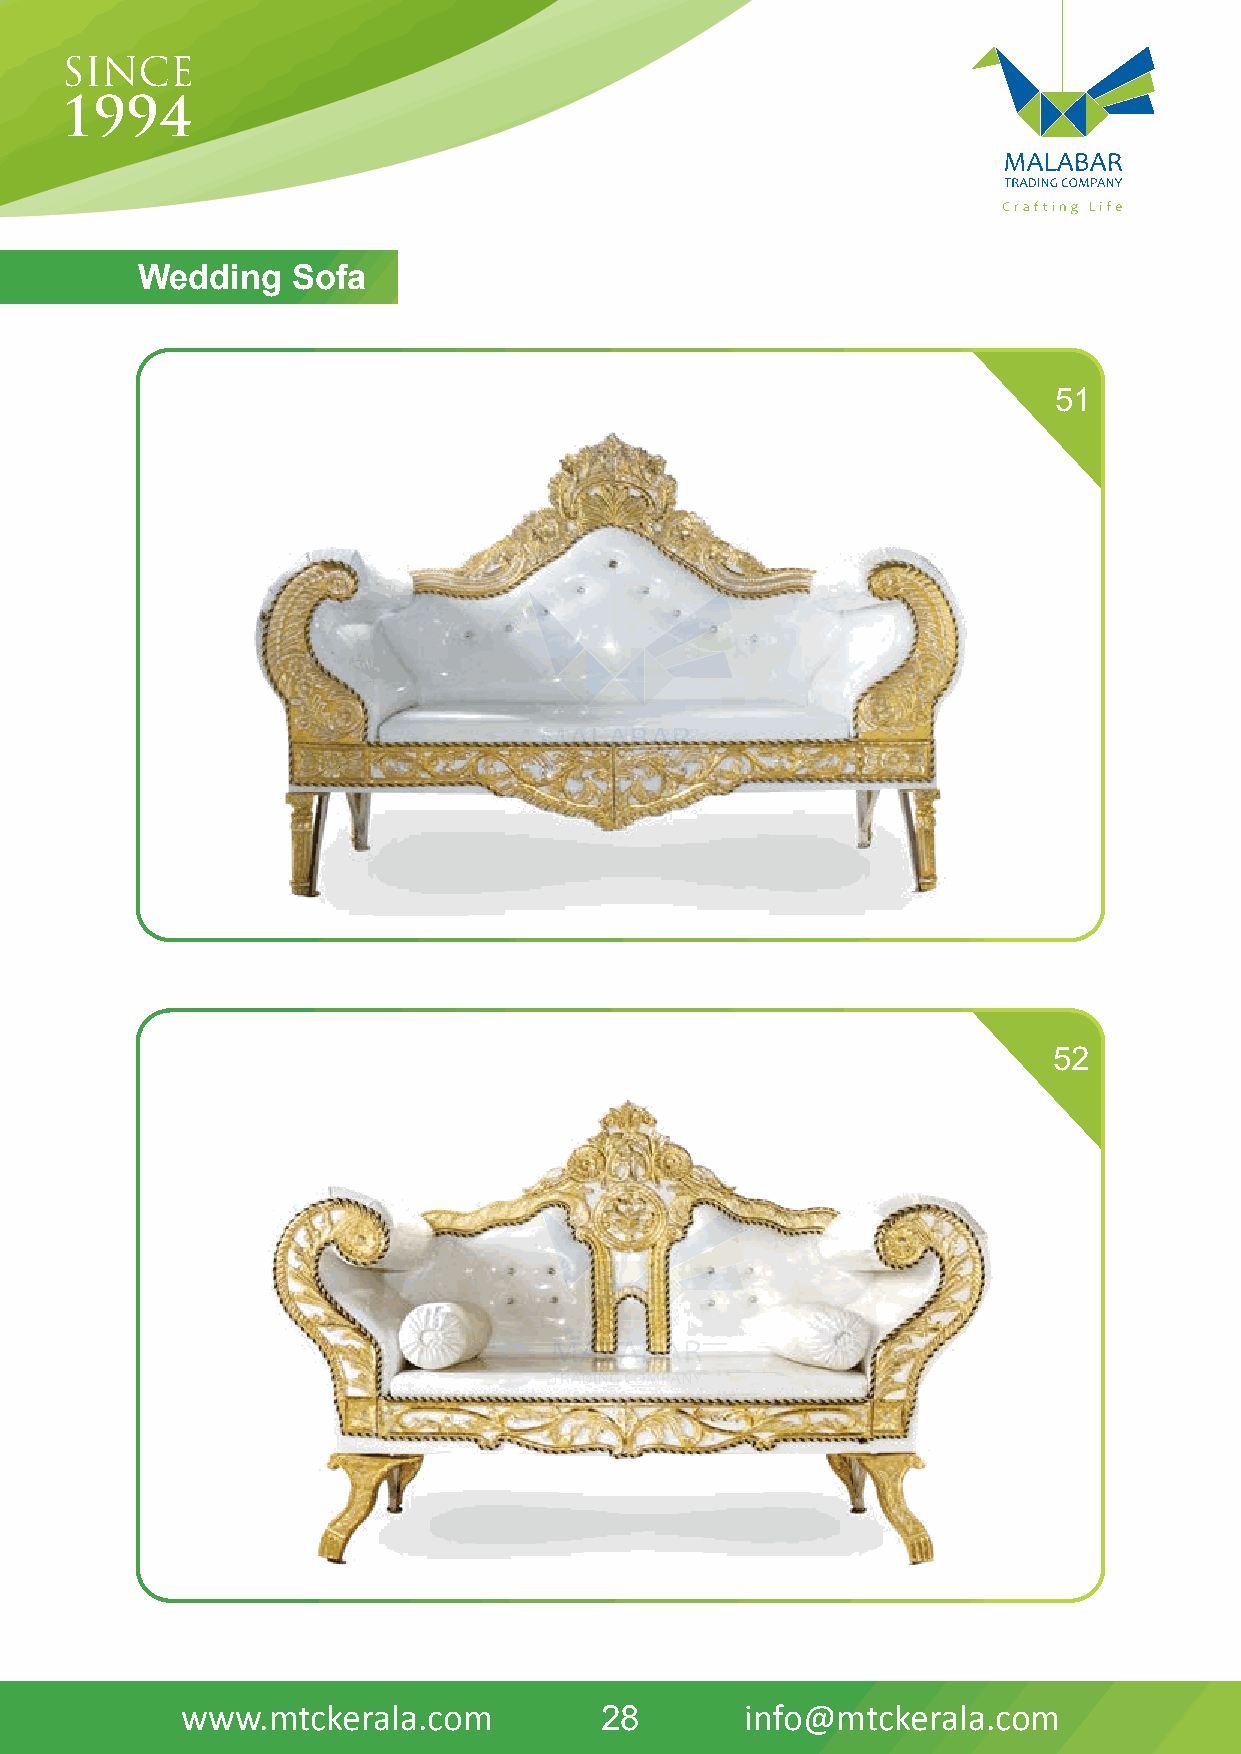
WeddinDgH SIVoAfNa
 51
 52
 www.mtckerala.com           28       info@mtckerala.com